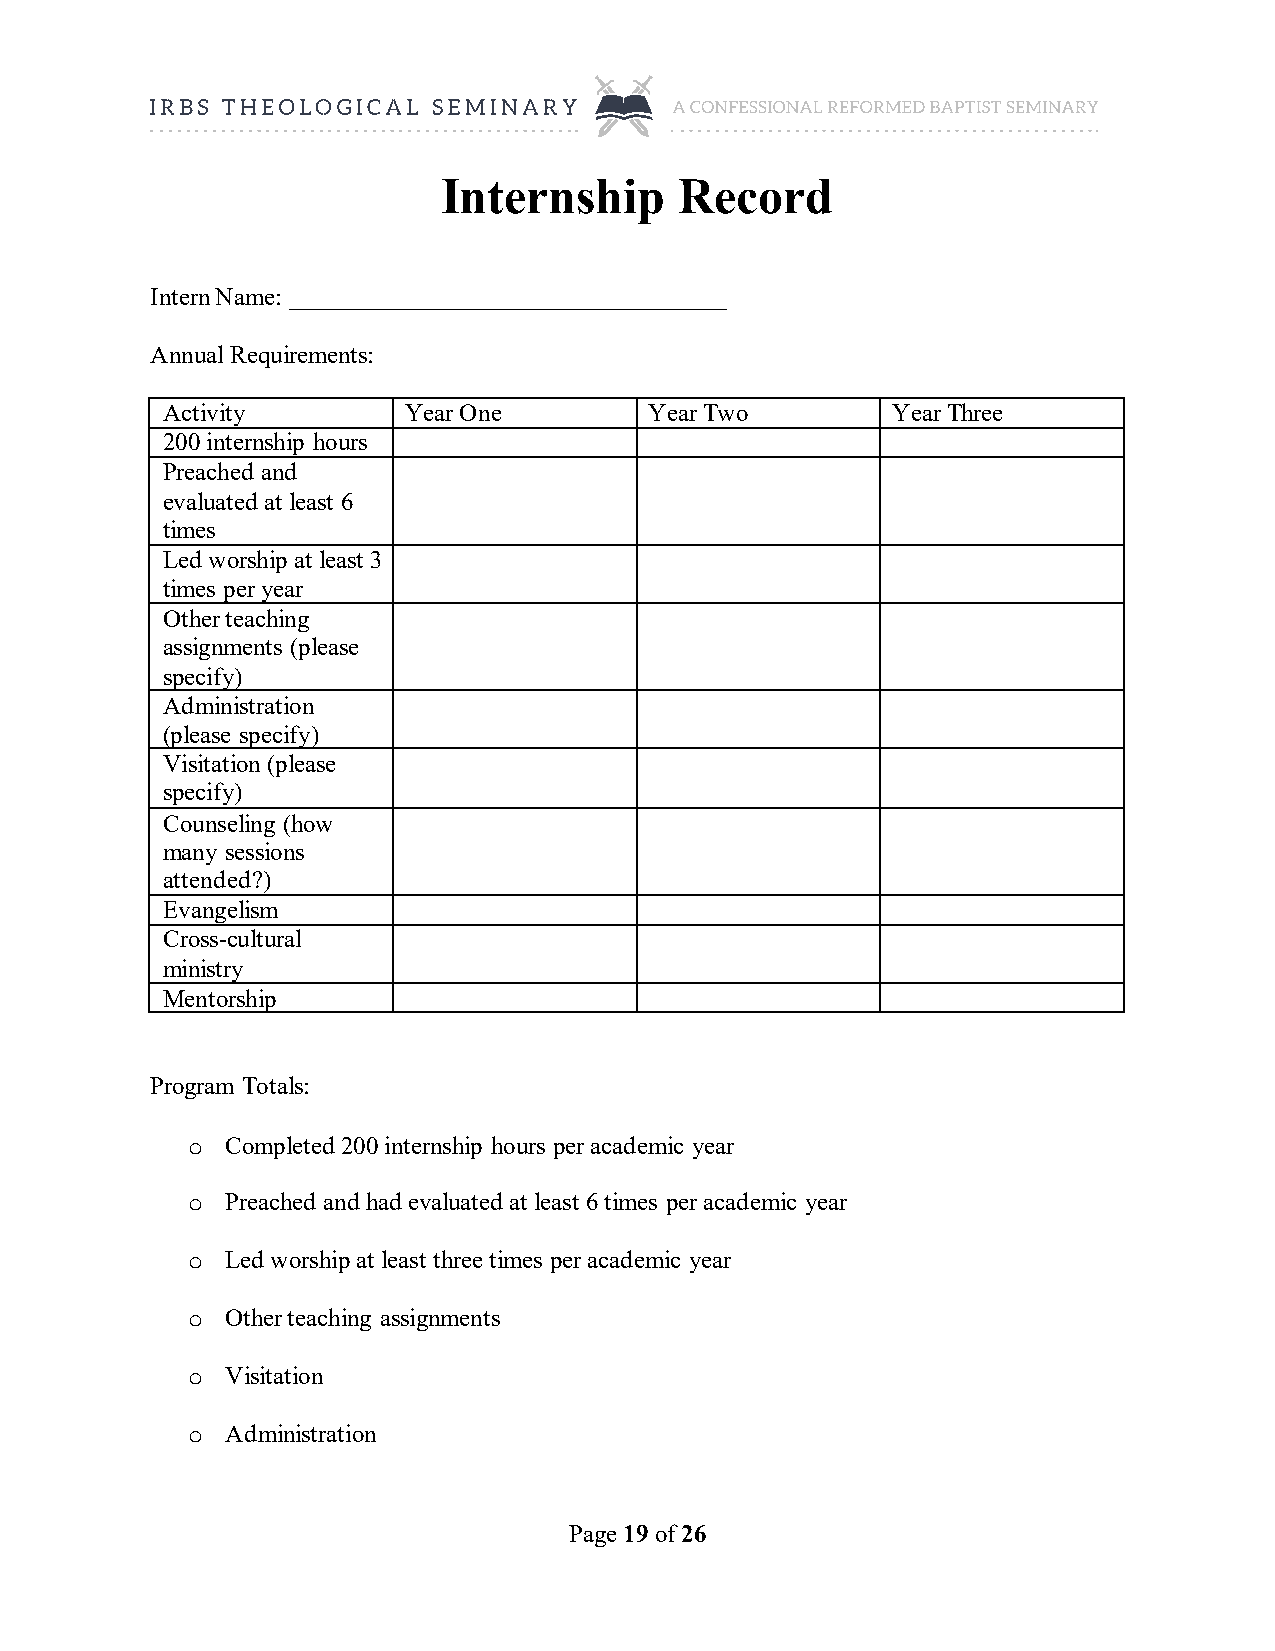
Internship      Record
 Intern Name: ___________________________________
 Annual Requirements:
 Activity        Year One        Year Two        Year Three
 200 internship hours
 Preached and
 evaluated at least 6
 times
 Led worship at least 3
 times per year
 Other teaching
 assignments (please
 specify)
 Administration
 (please specify)
 Visitation (please
 specify)
 Counseling (how
 many sessions
 attended?)
 Evangelism
 Cross-cultural
 ministry
 Mentorship
 Program Totals:
 Completed 200 internship hours per academic year
 o
 Preached and had evaluated at least 6 times per academic year
 o
 Led worship at least three times per academic year
 o
 Other teaching assignments
 o
 Visitation
 o
 Administration
 o
 Page 19 of 26